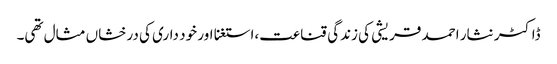
ڈاکٹر نثار احمد قریشی کی زندگی قناعت،استغنا اور خود داری کی درخشاں مثال تھی۔